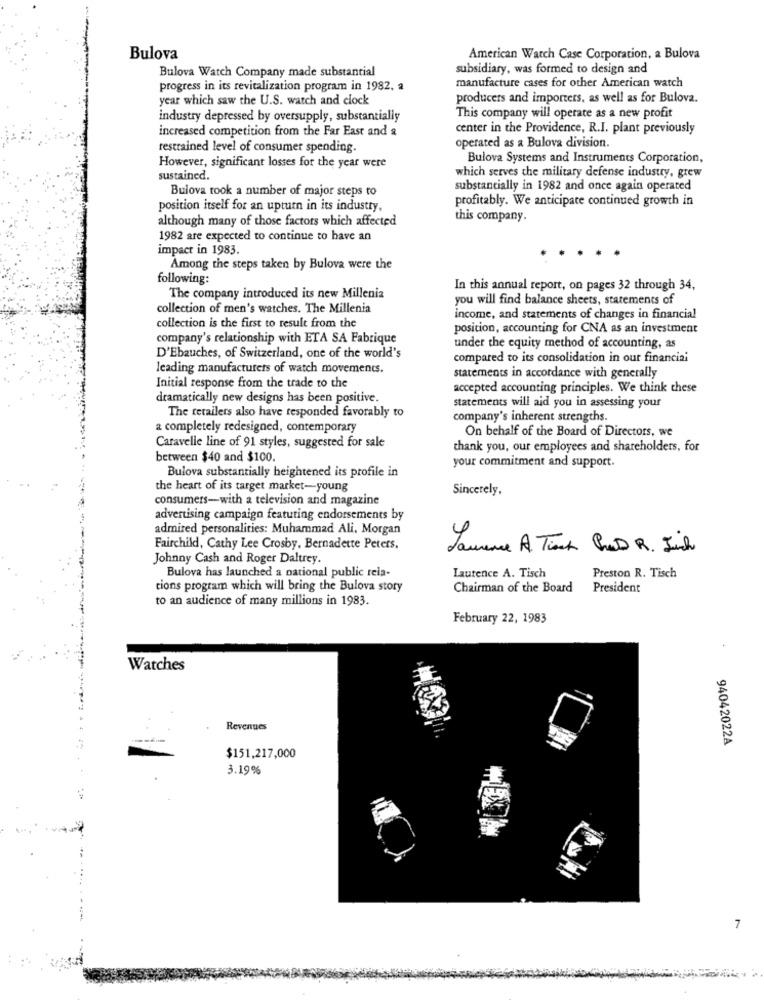
Bulova
American Watch Case Corporation, a Bulova
Bulova Watch Company made substantial
subsidiary, was formed to design and
manufacture cases for other American watch
progress in its revitalization program in 1982, a
year which saw the U.S. watch and clock
producers and importers, as well as for Bulova.
industry depressed by oversupply, substantially
This company will operate as a new profit
increased competition from the Far East and a
center in the Providence, R.I. plant previously
restrained level of consumer spending
operated as a Bulova division.
However, significant losses for the year were
Bulova Systems and Instruments Corporation,
which serves the military defense industry, grew
sustained.
Bulova took a number of major steps to
substantially in 1982 and once again operated
profitably. We anticipate continued growth in
position itself for an upturn in its industty,
although many of those factors which affected
this company.
1982 are expected to continue to have an
impact in 1983.
Among the steps taken by Bulova were the
following:
In this annual report, on pages 32 through 34,
The company introduced its new Millenia
you will find balance sheets, statements of
collection of men's watches. The Millenia
income, and statements of changes in financial
collection is the first to result from the
position, accounting for CNA as an investment
company's relationship with ETA SA Fabrique
under the equity method of accounting, as
D'Ebauches, of Switzerland, one of the world's
compared to its consolidation in our financial
leading manufacturers of watch movements.
statements in accordance with generally
Initial response from the trade to the
accepted accounting principles. We think these
dramatically new designs has been positive.
statements will aid you in assessing your
The retailers also have responded favorably to
company's inherent strengths.
a completely redesigned, contemporary
On behalf of the Board of Directors, we
Caravelle line of 91 styles, suggested for sale
thank you, our employees and shareholders, for
between $40 and $100.
your commitment and support.
Bulova substantially heightened its profile in
the heart of its target market-young
Sincerely,
consumers-with a television and magazine
advertising campaign featuring endorsements by
admired personalities: Muhammad Ali, Morgan
Fairchild, Cathy Lee Crosby, Bernadette Peters,
Laurence A. Track Pad R. Iich
Johnny Cash and Roger Daltrey.
Bulova has launched a national public rela-
Laurence A. Tisch
Preston R. Tisch
tions program which will bring the Bulova story
Chairman of the Board
President
to an audience of many millions in 1983.
February 22, 1983
.
Watches
Revenues
94042022A
$151,217,000
3.19%
7